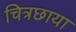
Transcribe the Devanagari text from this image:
चित्रछाया